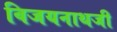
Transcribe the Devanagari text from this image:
विजयनाथजी